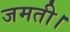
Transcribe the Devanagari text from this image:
जमती।